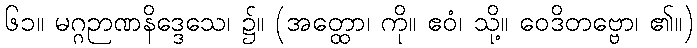
၆၁။ မဂ္ဂဉာဏနိဒ္ဒေသေ၊ ၌။ (အတ္ထော၊ ကို။ ဧဝံ၊ သို့။ ဝေဒိတဗ္ဗော၊ ၏။)